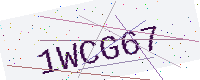
Text: 1WCG67